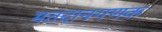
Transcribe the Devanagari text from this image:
मतदानगणक